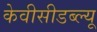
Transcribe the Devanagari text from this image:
केवीसीडब्ल्यू